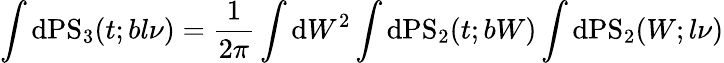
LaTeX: \int\mathrm{d}\mathrm{{PS}}_{3}(t;bl\nu)=\frac{{1}}{{2\pi}}\int\mathrm{d}W^{2}\int\mathrm{d}\mathrm{{PS}}_{2}(t;bW)\int\mathrm{d}\mathrm{{PS}}_{2}(W;l\nu)